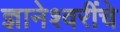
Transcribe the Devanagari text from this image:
ज्ञानेश्वरींचे